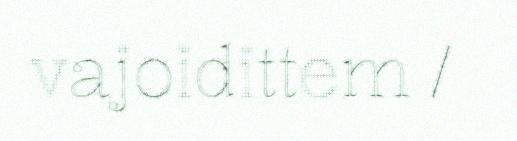
vajoidittem /